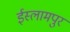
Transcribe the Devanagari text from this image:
ईस्लामपुर